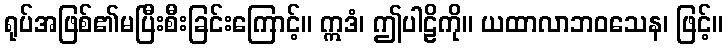
ရုပ်အဖြစ်၏မပြီးစီးခြင်းကြောင့်။ ဣဒံ၊ ဤပါဠိကို။ ယထာလာဘဝသေန၊ ဖြင့်။